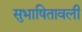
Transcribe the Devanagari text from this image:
सुभाषितावली